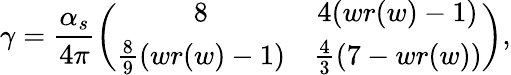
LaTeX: \gamma=\frac{\alpha_{s}}{4\pi}\left(\begin{array}{cc}{{8}}&{{4(wr(w)-1)}}\\ {{\frac 89(wr(w)-1)}}&{{\frac 43(7-wr(w))}}\end{array}\right),